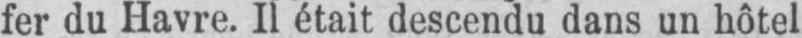
fer du Havre. Il était descendu dans un hôtel